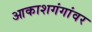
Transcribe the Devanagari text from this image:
आकाशगंगांवर